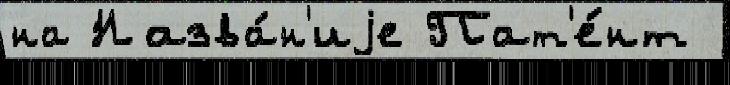
на Назва́н'иjе Пат'е́нт